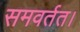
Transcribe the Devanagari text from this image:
समवर्तत।